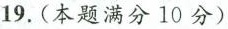
19.(本题满分10分)